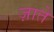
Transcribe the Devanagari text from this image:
ज़ाते